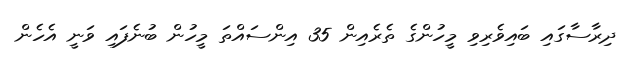
ދިރާސާގައި ބައިވެރިވި މީހުންގެ ތެރެއިން 35 އިންސައްތަ މީހުން ބުނެފައި ވަނީ އެހެން